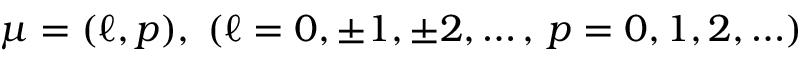
\mu = ( \ell , p ) , \; ( \ell = 0 , \pm 1 , \pm 2 , \ldots , \, p = 0 , 1 , 2 , \ldots )